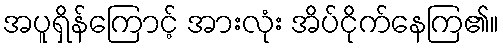
အပူရှိန်ကြောင့် အားလုံး အိပ်ငိုက်နေကြ၏။